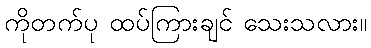
ကိုတက်ပု ထပ်ကြားချင် သေးသလား။